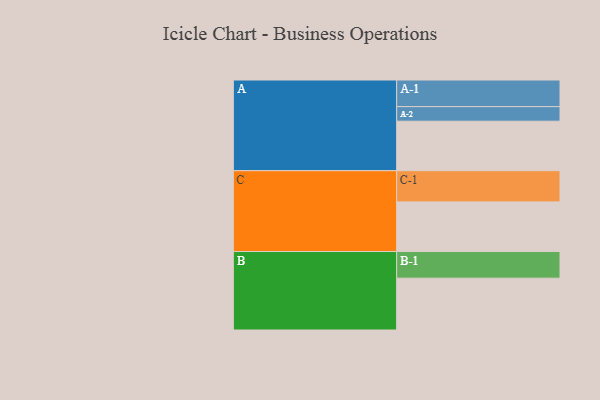
{"axis": {"x": "Segment", "y": "Value"}, "legend": ["", "A", "B", "C"], "data": [{"x": "A", "y": 381, "type": ""}, {"x": "B", "y": 399, "type": ""}, {"x": "C", "y": 382, "type": ""}, {"x": "A-1", "y": 205, "type": "A"}, {"x": "A-2", "y": 112, "type": "A"}, {"x": "B-1", "y": 205, "type": "B"}, {"x": "C-1", "y": 240, "type": "C"}]}